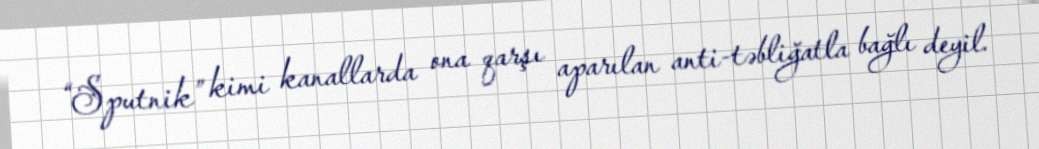
“Sputnik” kimi kanallarda ona qarşı aparılan anti-təbliğatla bağlı deyil.